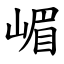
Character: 嵋